Lunatic asylums United Provinces 1909-1921 - 1909-1921
Year: 1909
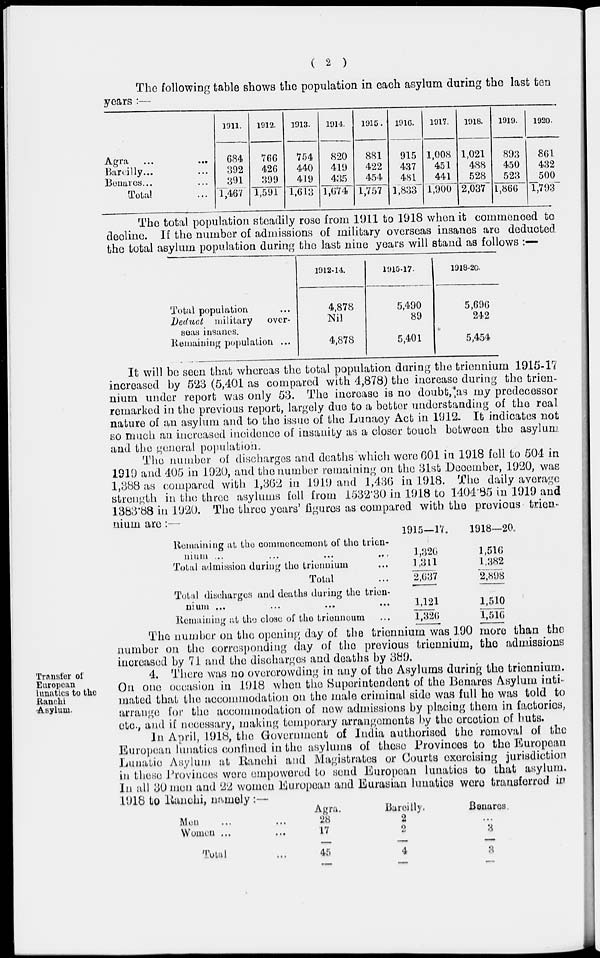
( 2 )
The following table shows the population in each asylum during the last ten
years :—
Agra ... ...
Bareilly... ...
Benares... ...
Total ...
1911.
684
392
391
1,467
1912.
766
426
399
1,591
1913.
754
440
419
1,613
1914.
820
419
435
1,674
1915.
881
422
454
1,757
1916.
915
437
481
1,833
1917.
1,008
451
441
1,900
1918.
1,021
488
528
2,037
1919.
893
450
523
1,866
1920.
861
432
500
1,793
The total population steadily rose from 1911 to 1918 when it commenced to
decline. If the number of admissions of military overseas insanes are deducted
the total asylum population during the last nine years will stand as follows :—
Total population ...
Deduct military
over-
seas insanes.
Remaining population ...
1912-14.
4,878
Nil
4,878
1915-17.
5,490
89
5,401
1918-20.
5,696
242
5,454
It will be seen that whereas the total population during the triennium 1915-17
increased by 523 (5,401 as compared with 4,878) the increase during the trien-
nium under report was only 53. The increase is no doubt, as my predecessor
remarked in the previous report, largely due to a better understanding of the real
nature of an asylum and to the issue of the Lunacy Act in 1912. It indicates not
so much an increased incidence of insanity as a closer touch between the asylum,
and the general population.
The number of discharges and deaths which were 601 in 1918 fell to 504 in
1919 and 405 in 1920, and the number remaining on the 31st December, 1920, was
1,388 as compared with 1,362 in 1919 and 1,436 in 1918. The daily average
strength in the three asylums fell from 1532.30 in 1918 to 1404.85 in 1919 and
1383.88 in 1920. The three years' figures as compared with the previous trien-
nium are : —--
Remaining at the commencement of the trien-
nium ... ... ... ...
Total admission during the triennium ...
Total ...
Total discharges and deaths during the trien-
nium
...
...
...
...
Remaining at the close of the trienneum ...
1915—17.
1,326
1,311
2,637
1,121
1,326
1918—20
1,516
1,382
2,898
1,510
1,516
The number on the opening day of the triennium was 190 more than the
number on the corresponding day of the previous triennium, the admissions
increased by 71 and the discharges and deaths by 389.
Transfer of
European
lunatics to the
Ranchi
Asylum.
4. There was no overcrowding in any of the Asylums during the triennium.
On one occasion in 1918 when the Superintendent of the Benares Asylum inti-
mated that the accommodation on the male criminal side was full he was told to
arrange for the accommodation of new admissions by placing them in factories,
etc., and if necessary, making temporary arrangements by the erection of huts.
In April, 1918, the Government of India authorised the removal of the
European lunatics confined in the asylums of those Provinces to the European
Lunatic Asylum at Ranchi and Magistrates or Courts exercising jurisdiction
in these Provinces were empowered to send European lunatics to that asylum.
In all 30 men and 22 women European and Eurasian lunatics were transferred in
1918 to Ranchi, namely :—
Men ... ...
Women ... ...
Total
Agra.
28
17
45
Bareilly.
2
2
4
Benares.
...
3
3